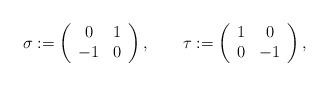
LaTeX: \begin{align*}\sigma:=\left(\begin{array}{cc}0&1\\-1&0\end{array}\right),\qquad\tau:=\left(\begin{array}{cc}1&0\\0&-1\end{array}\right),\end{align*}